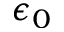
\epsilon _ { 0 }